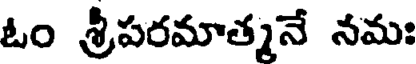
ఓం శ్రీపరమాత్మనే నమః